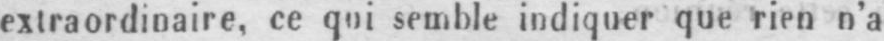
extraordinaire, ce qui semble indiquer que rien n’a